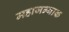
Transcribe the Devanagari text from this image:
महाजन्याक